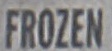
FROZEN